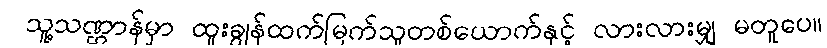
သူ့သဏ္ဌာန်မှာ ထူးချွန်ထက်မြက်သူတစ်ယောက်နှင့် လားလားမျှ မတူပေ။